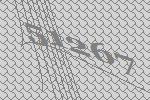
51267